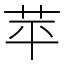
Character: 苹